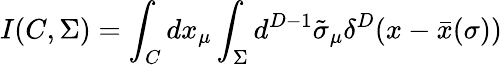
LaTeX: I(C,\Sigma)=\int_{C}dx_{\mu}\int_{\Sigma}d^{D-1}\tilde{\sigma}_{\mu}\delta^{D}(x-\bar{x}(\sigma))